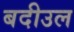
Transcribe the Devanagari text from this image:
बदीउल